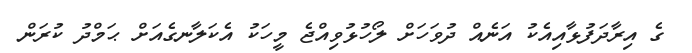
ގެ އިރާދަފުޅާއިއެކު އަނެއް ދުވަހަށް ލޯހުޅުވިއްޖެ މީހަކު އެކަލާނގެއަށް ޙަމްދު ކުރަން